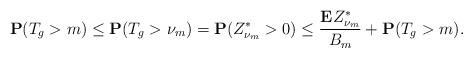
LaTeX: \begin{align*} \mathbf{P}(T_g>m)\le\mathbf{P}(T_g>\nu_m)=\mathbf{P}(Z_{\nu_m}^*>0)\le\frac{\mathbf{E}Z_{\nu_m}^*}{B_m}+\mathbf{P}(T_g>m).\end{align*}